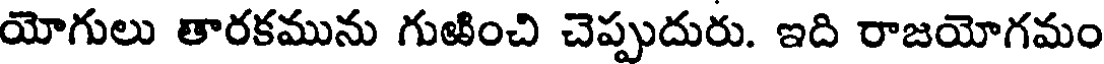
యోగులు తారకమును గుఱించి చెప్పుదురు. ఇది రాజయోగమం